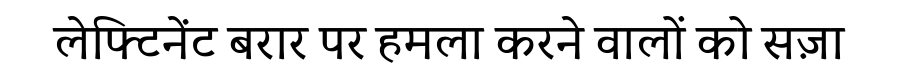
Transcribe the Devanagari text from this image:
लेफ्टिनेंट बरार पर हमला करने वालों को सज़ा